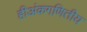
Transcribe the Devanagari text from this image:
हीअंकगणितीय